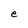
Character: e